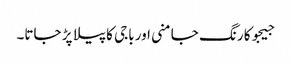
جیجوکا رنگ جامنی اور باجی کا پیلا پڑ جاتا۔